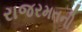
રાજરમતની